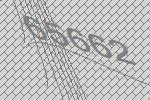
65662